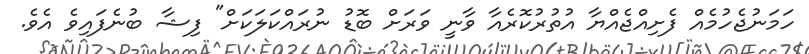
ހަމަނުޖެހުމެއް ފެށިއްޖެއްޔާ އުތުރުކޮރެއާ ވާނީ ވަރަށް ބޮޑު ނުރައްކަލަކަށް" ފިޝާ ބުނެފައިވެ އެވެ.